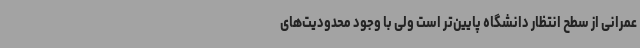
عمرانی از سطح انتظار دانشگاه پایین‌تر است ولی با وجود محدودیت‌های